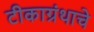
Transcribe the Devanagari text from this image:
टीकाग्रंथाचे